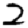
Digit: 2